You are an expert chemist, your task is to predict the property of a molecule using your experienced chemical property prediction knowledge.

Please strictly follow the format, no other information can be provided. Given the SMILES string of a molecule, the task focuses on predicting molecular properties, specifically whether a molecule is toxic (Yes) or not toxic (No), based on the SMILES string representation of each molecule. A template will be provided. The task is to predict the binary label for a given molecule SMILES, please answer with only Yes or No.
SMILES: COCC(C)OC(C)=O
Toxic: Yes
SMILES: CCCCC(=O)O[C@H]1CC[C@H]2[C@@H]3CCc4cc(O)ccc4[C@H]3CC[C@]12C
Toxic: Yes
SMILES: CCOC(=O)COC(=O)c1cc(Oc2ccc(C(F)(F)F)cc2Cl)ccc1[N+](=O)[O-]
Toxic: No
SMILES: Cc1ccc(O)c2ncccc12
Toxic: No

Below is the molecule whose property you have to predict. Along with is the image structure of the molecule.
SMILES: Brc1cc(-c2ccc(Br)c(Br)c2Br)cc(Br)c1Br
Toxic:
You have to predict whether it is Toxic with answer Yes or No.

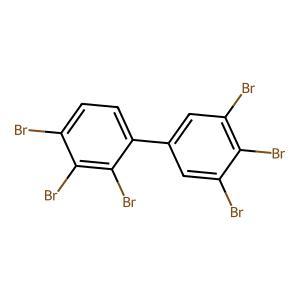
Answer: No